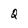
Character: Q